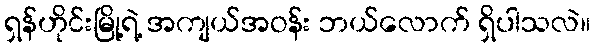
ရှန်ဟိုင်းမြို့ရဲ့ အကျယ်အဝန်း ဘယ်လောက် ရှိပါသလဲ။